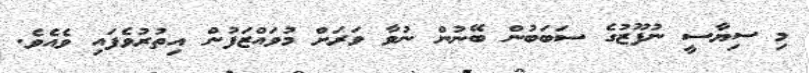
މި ސިޔާސީ ނުފޫޒުގެ ސަބަބުން ބޭނުން ނުވާ ވަރަށް މުވައްޒަފުން އިތުރުވެފައި ވެއެވެ.